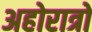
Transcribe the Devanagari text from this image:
अहोरात्रो